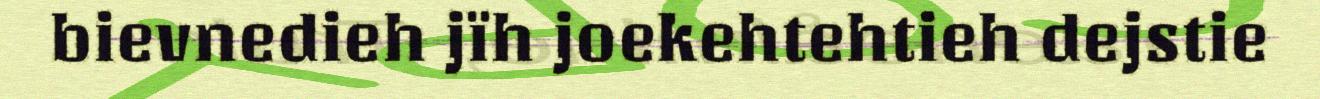
bievnedieh jïh joekehtehtieh dejstie